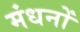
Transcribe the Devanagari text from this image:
मंधनों